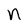
Character: n